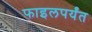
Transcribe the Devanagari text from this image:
फाइलपर्यंत